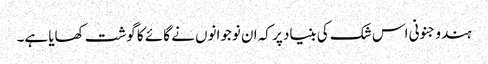
ہندو جنونی اس شک کی بنیاد پر کہ ان نوجوانوں نے گائے کا گوشت کھایا ہے۔